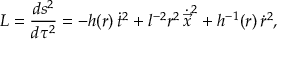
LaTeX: { \cal L } = \frac { d s ^ { 2 } } { d \tau ^ { 2 } } = - h ( r ) \, \dot { t } ^ { 2 } + l ^ { - 2 } r ^ { 2 } \, \dot { \vec { x } } ^ { 2 } + h ^ { - 1 } ( r ) \, \dot { r } ^ { 2 } ,